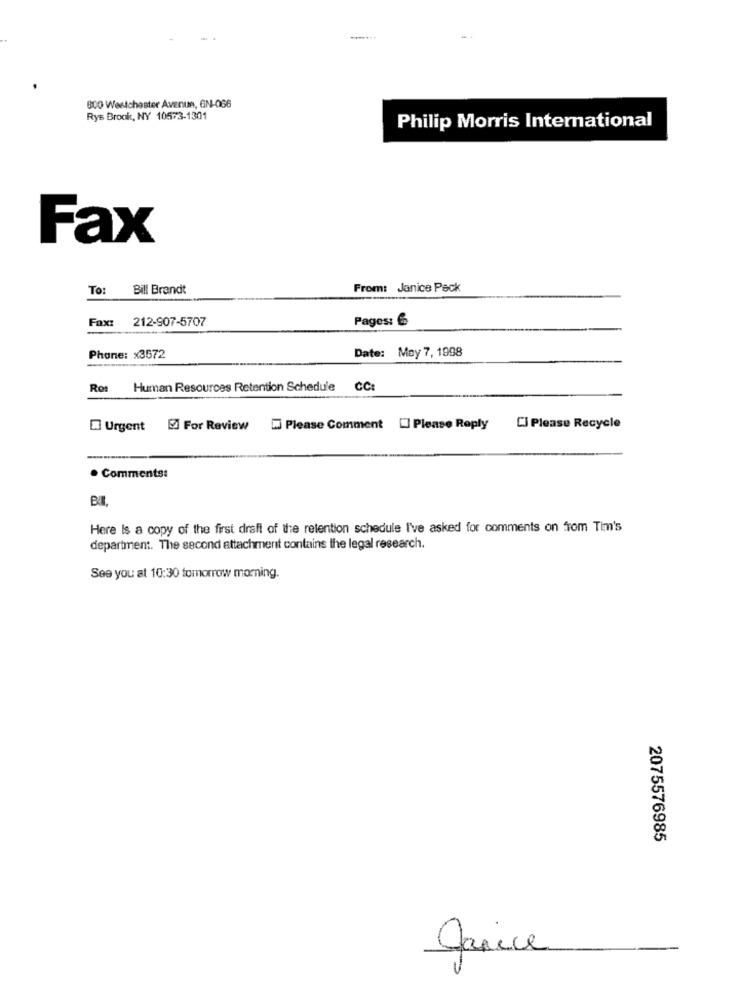
8:00 Westchester Avenue, GN-066
Rys Brook, NY 10573-1301
Philip Morris International
Fax
To: Bill Brandt
From: Janice Peck
Fax:
212-907-5707
Pages: 6
Date: Moy 7, 1998
Phone: x3572
Ros
Human Resources Retention Schedule CC:
Urgent & For Review . Please Comment [] Please Reply
Ci Please Recycle
. Comments:
Here Is a copy of the first draft of the retention schedule I've asked for comments on from Tim's
department. The second attachment contains the legal research.
See you at 10:30 tomorrow morning.
2075576985
Janice